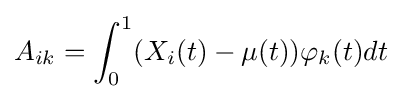
A_{ik}=\int _{0}^{1}(X_{i}(t)-\mu (t))\varphi _{k}(t)dt